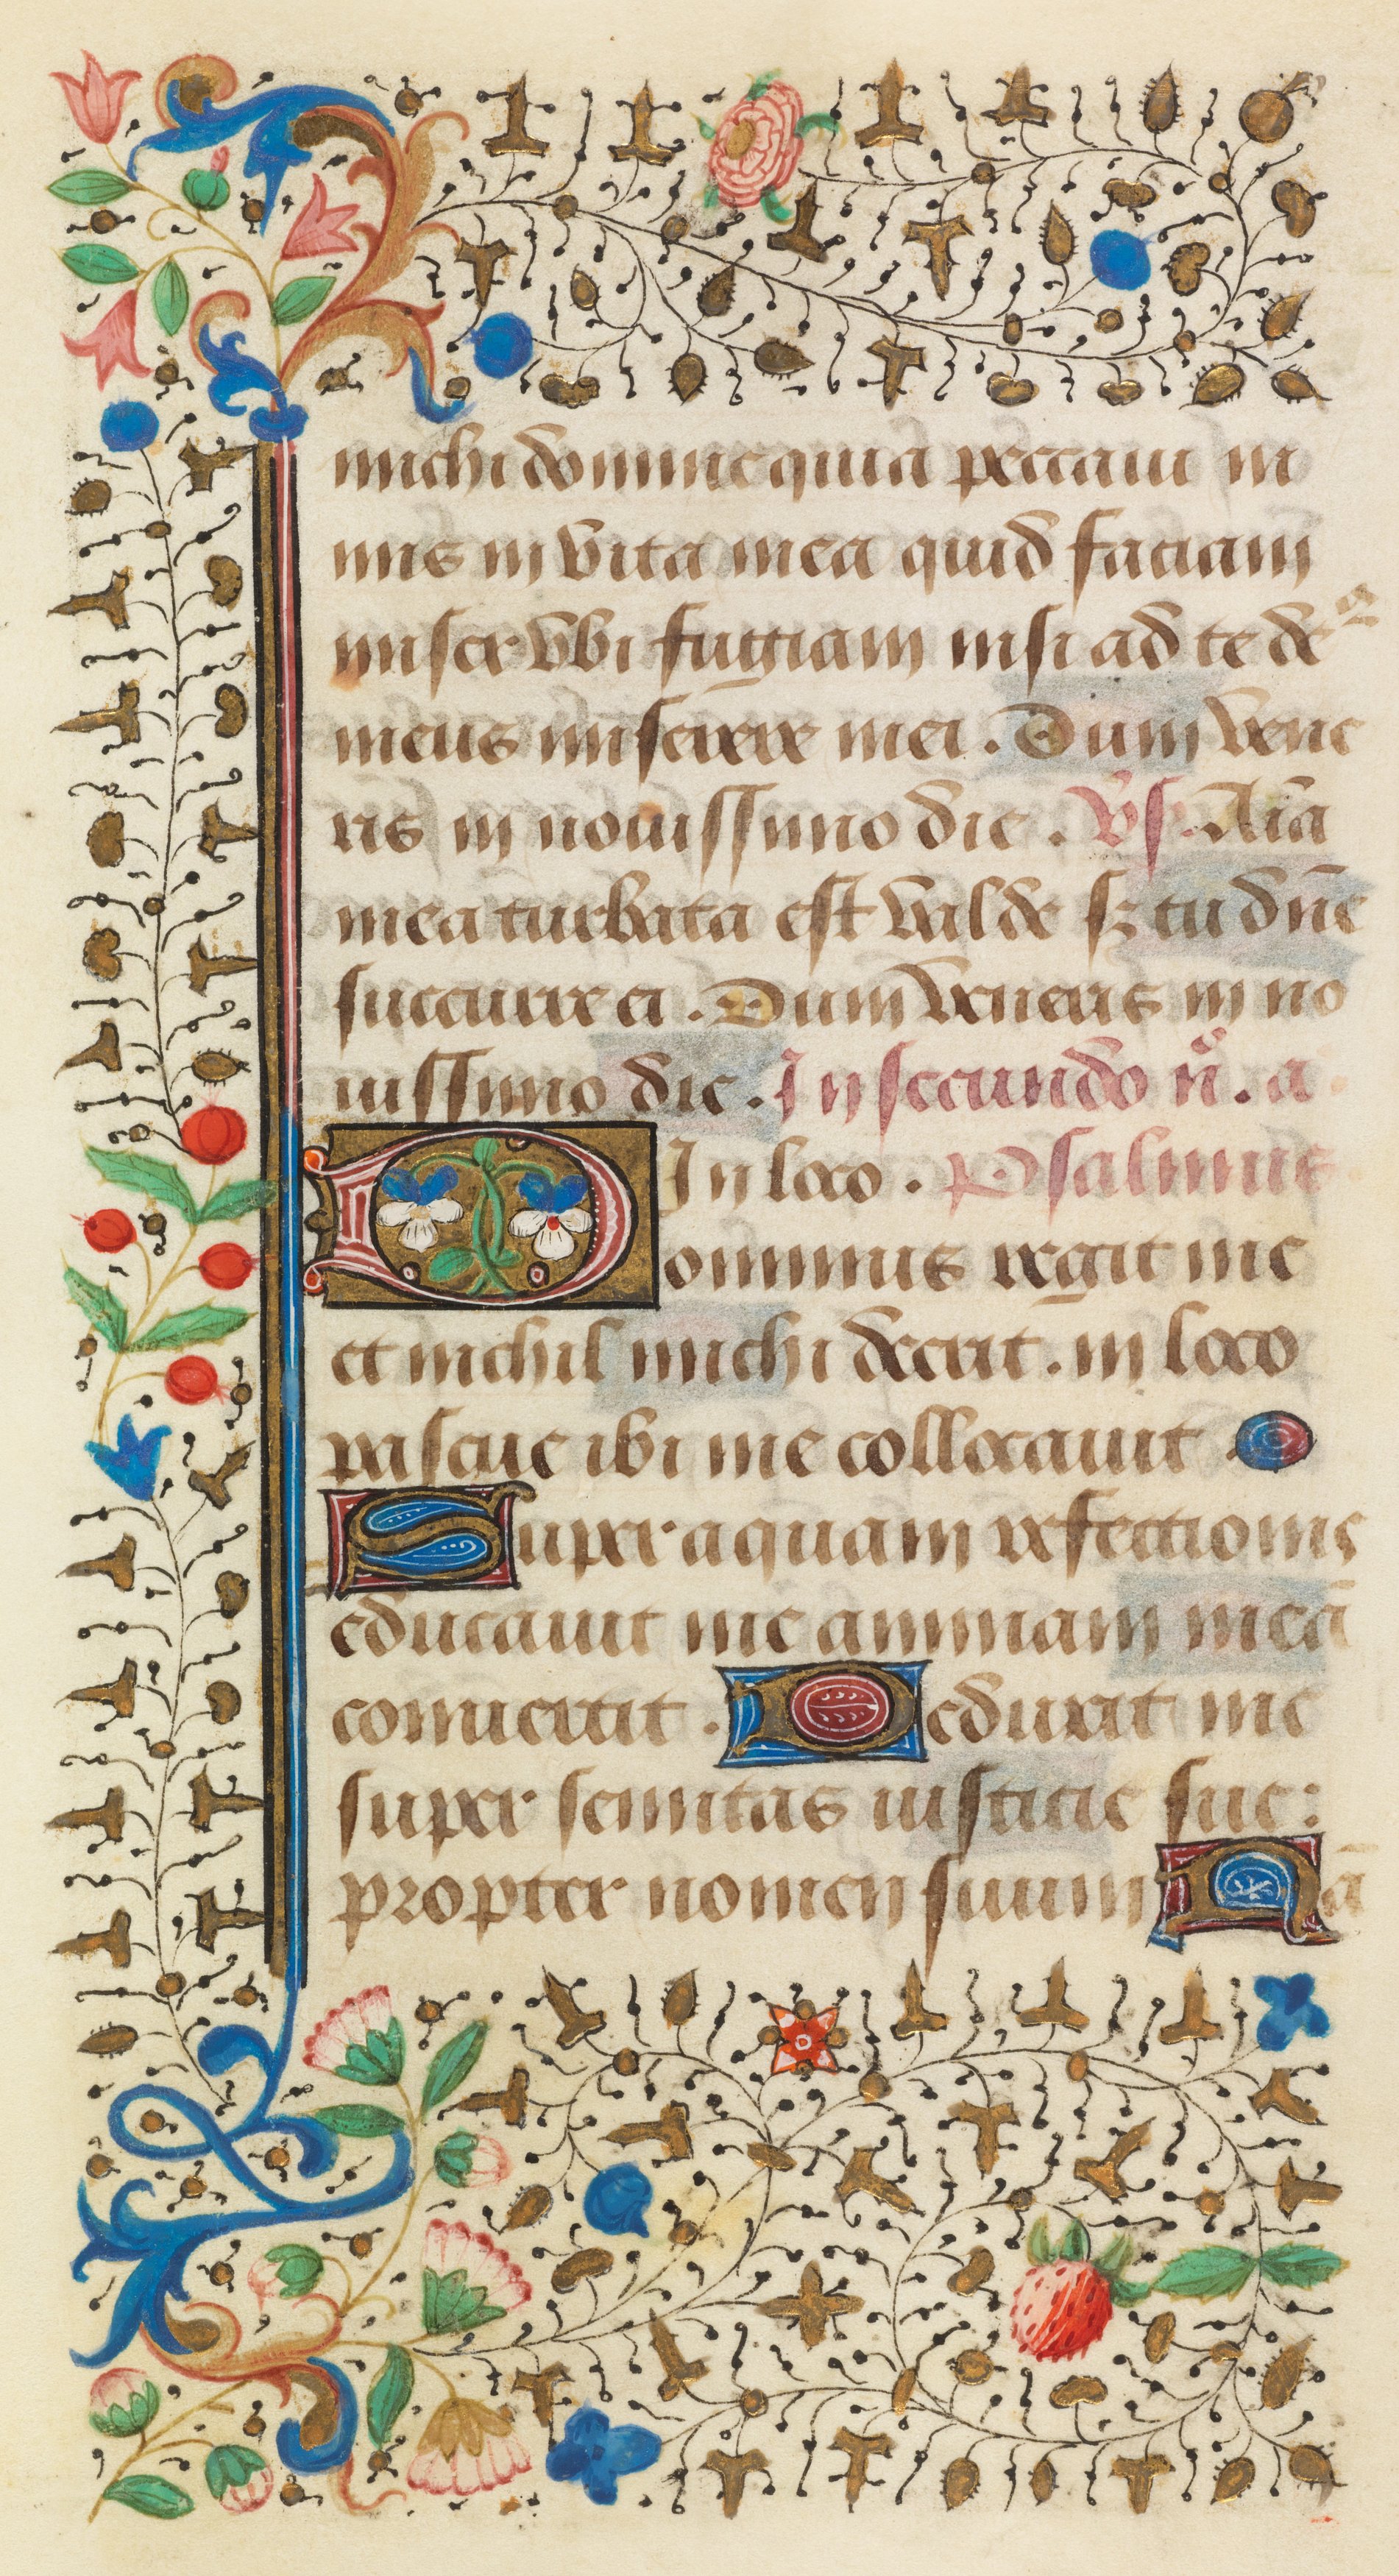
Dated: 1458–1460